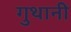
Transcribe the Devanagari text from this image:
गुथानी